画像に写った文字を読んでください
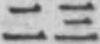
「二三」と書いてあります